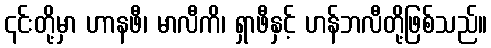
၎င်းတို့မှာ ဟာနဖီ၊ မာလီကိ၊ ရှာဖီနှင့် ဟန်ဘလီတို့ဖြစ်သည်။